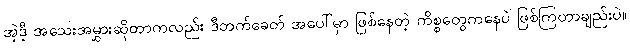
အဲ့ဒီ့ အသေးအမွှားဆိုတာကလည်း ဒီဘက်ခေတ် အပေါ်မှာ ဖြစ်နေတဲ့ ကိစ္စတွေကနေပဲ ဖြစ်ကြတာချည်းပဲ။